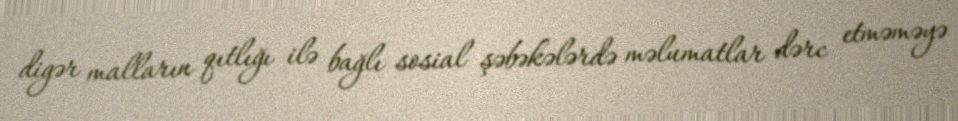
digər malların qıtlığı ilə bağlı sosial şəbəkələrdə məlumatlar dərc etməməyə